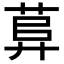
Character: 𦱱